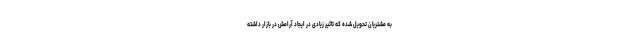
به مشتریان تحویل شده که تاثیر زیادی در ایجاد آرامش در بازار داشته